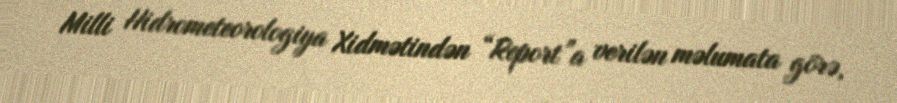
Milli Hidrometeorologiya Xidmətindən “Report”a verilən məlumata görə,